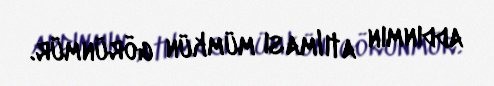
addınmın atılması mümkün görünmür.